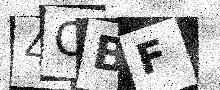
Text: 4CBF